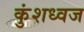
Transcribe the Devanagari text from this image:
कुंशध्वज